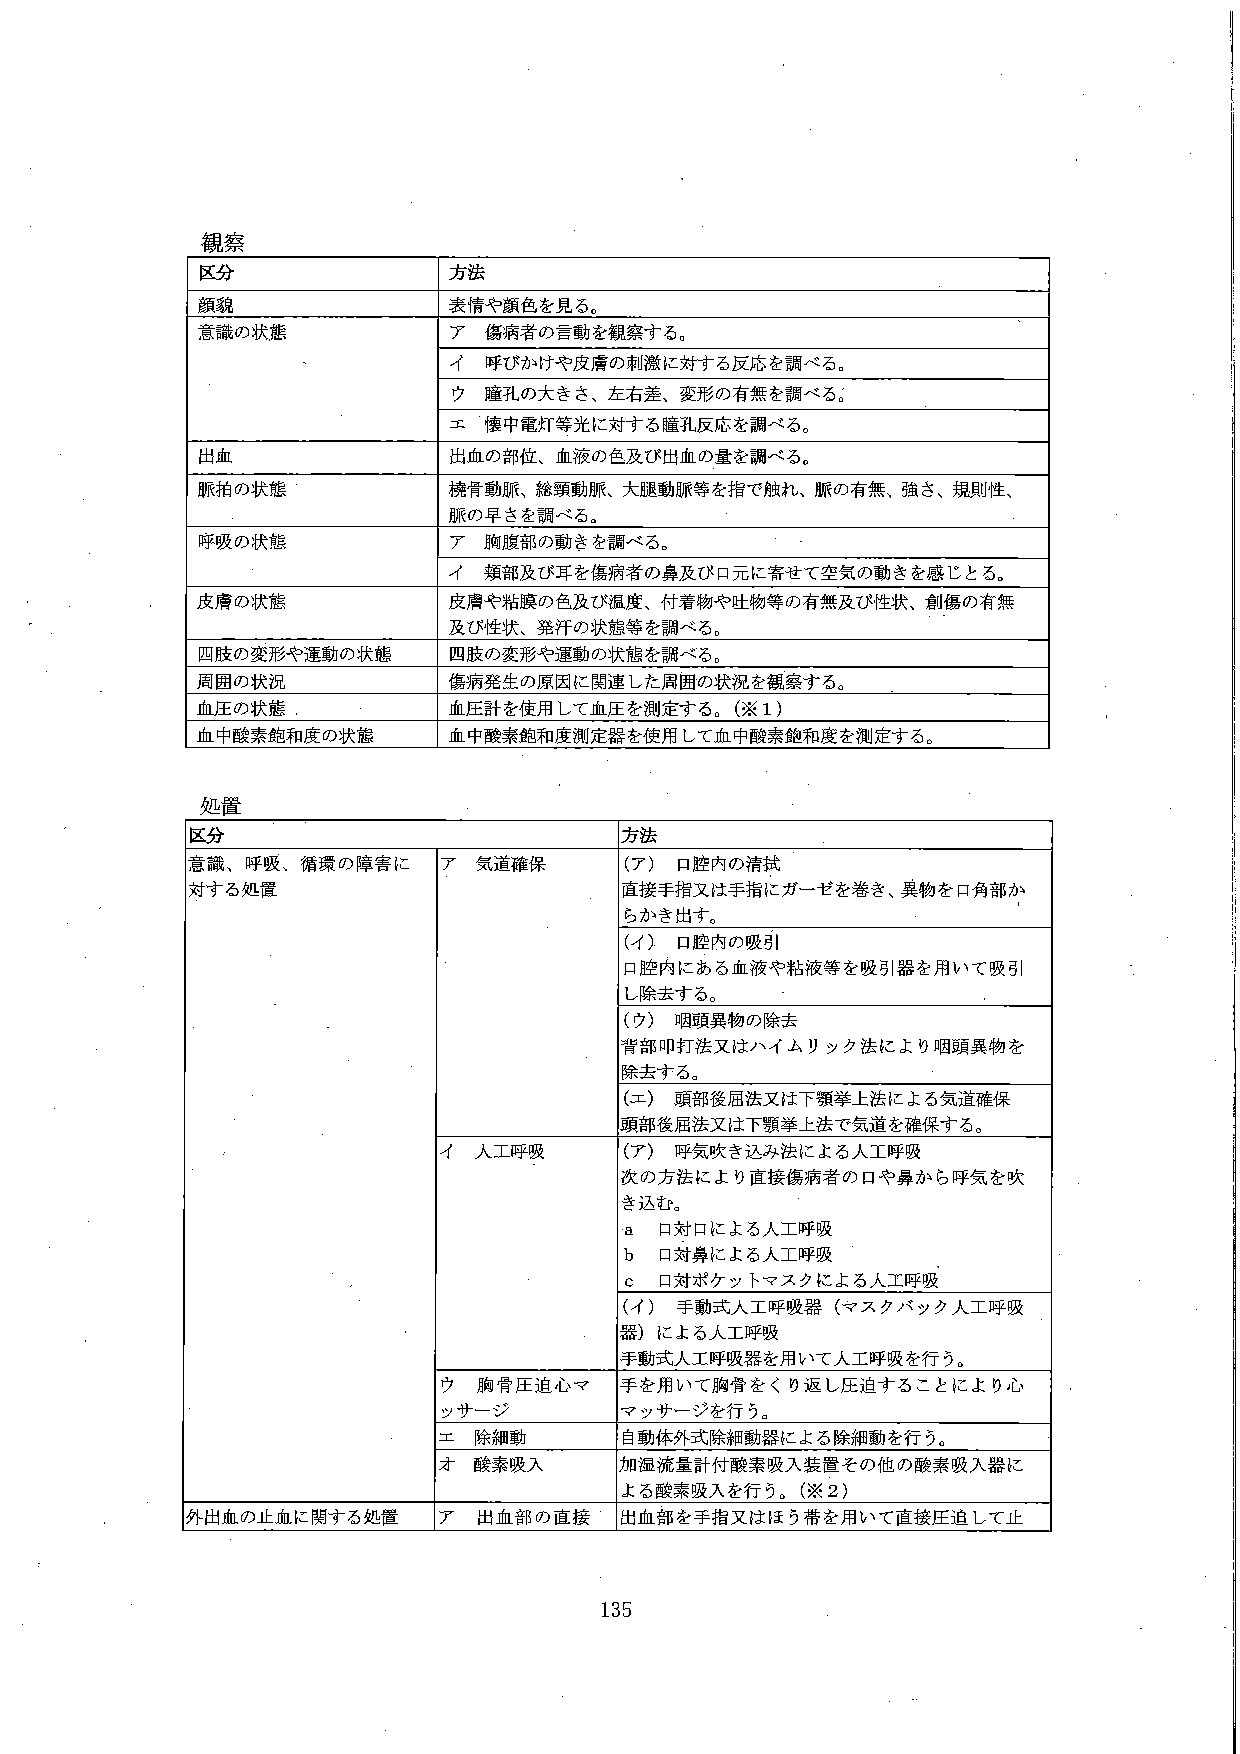
観察

区分　　　　　　　　　　　　　　　　　方法

顔貌　　　　　　　　　　　　　　　表情や顔色を見る。

意識の状態　　　　　　　　　　　　ア　傷病者の言動を観察する。
　　　　　　　　　　　　　　　　　イ　呼びかけや皮膚の刺激に対する反応を調べる。
　　　　　　　　　　　　　　　　　ウ　瞳孔の大きさ、左右差、変形の有無を調べる。
　　　　　　　　　　　　　　　　　エ　懐中電灯等光に対する瞳孔反応を調べる。

出血　　　　　　　　　　　　　　　出血の部位、血液の色及び出血の量を調べる。

脈拍の状態　　　　　　　　　　　　橈骨動脈、総頸動脈、大腿動脈等を指で触れて、脈の有無、強さ、規則性、
　　　　　　　　　　　　　　　　　脈の早さを調べる。

呼吸の状態　　　　　　　　　　　　ア　胸腹部の動きを調べる。
　　　　　　　　　　　　　　　　　イ　頬部及び耳を傷病者の鼻及び口元に寄せて空気の動きを感じとる。

皮膚の状態　　　　　　　　　　　　皮膚や粘膜の色及び温度、付着物や吐物等の有無及び性状、創傷の有無
　　　　　　　　　　　　　　　　　及び性状、発汗の状態等を調べる。

四肢の変形や運動の状態　　　　　　四肢の変形や運動の状態を調べる。

周囲の状況　　　　　　　　　　　　傷病発生の原因に関連した周囲の状況を観察する。

血圧の状態　　　　　　　　　　　　血圧計を使用して血圧を測定する。（※1）

血中酸素飽和度の状態　　　　　　　血中酸素飽和度測定器を使用して血中酸素飽和度を測定する。

処置

区分　　　　　　　　　　　　　　　　　　　　　　　　　　　　　方法

意識、呼吸、循環の障害に　　　　　　　ア　気道確保　　　　　　（ア）口腔内の清拭
対する処置　　　　　　　　　　　　　　　　　　　　　　　　　　直接手指又は手指にガーゼを巻き、異物を口角部か
　　　　　　　　　　　　　　　　　　　　　　　　　　　　　　　らかき出す。
　　　　　　　　　　　　　　　　　　　　　　　　　　　　　　　（イ）口腔内の吸引
　　　　　　　　　　　　　　　　　　　　　　　　　　　　　　　口腔内にある血液や粘液等を吸引器を用いて吸引
　　　　　　　　　　　　　　　　　　　　　　　　　　　　　　　し除去する。
　　　　　　　　　　　　　　　　　　　　　　　　　　　　　　　（ウ）咽頭異物の除去
　　　　　　　　　　　　　　　　　　　　　　　　　　　　　　　背部叩打法又はハイムリック法により咽頭異物を
　　　　　　　　　　　　　　　　　　　　　　　　　　　　　　　除去する。
　　　　　　　　　　　　　　　　　　　　　　　　　　　　　　　（エ）頭部後屈法又は下顎挙上法による気道確保
　　　　　　　　　　　　　　　　　　　　　　　　　　　　　　　頭部後屈法又は下顎挙上法で気道を確保する。

　　　　　　　　　　　　　　　　　　イ　人工呼吸　　　　　　（ア）呼気吹き込み法による人工呼吸
　　　　　　　　　　　　　　　　　　　　　　　　　　　　　　　次の方法により直接傷病者の口や鼻から呼気を吹
　　　　　　　　　　　　　　　　　　　　　　　　　　　　　　　き込む。
　　　　　　　　　　　　　　　　　　　　　　　　　　　　　　　a　口対口による人工呼吸
　　　　　　　　　　　　　　　　　　　　　　　　　　　　　　　b　口対鼻による人工呼吸
　　　　　　　　　　　　　　　　　　　　　　　　　　　　　　　c　口対ポケットマスクによる人工呼吸
　　　　　　　　　　　　　　　　　　　　　　　　　　　　　　　（イ）手動式人工呼吸器（マスクバック人工呼吸
　　　　　　　　　　　　　　　　　　　　　　　　　　　　　　　器）による人工呼吸
　　　　　　　　　　　　　　　　　　　　　　　　　　　　　　　手動式人工呼吸器を用いて人工呼吸を行う。

　　　　　　　　　　　　　　　　　　ウ　胸骨圧迫心マ　　　　手を用いて胸骨をくり返し圧迫することにより心
　　　　　　　　　　　　　　　　　　　ッサージ　　　　　　　マッサージを行う。

　　　　　　　　　　　　　　　　　　エ　除細動　　　　　　　自動体外式除細動器による除細動を行う。

　　　　　　　　　　　　　　　　　　オ　酸素吸入　　　　　　加湿流量計付酸素吸入装置その他の酸素吸入器に
　　　　　　　　　　　　　　　　　　　　　　　　　　　　　　　よる酸素吸入を行う。（※2）

外出血の止血に関する処置　　　　　ア　出血部の直接　　　　出血部を手指又はほう帯を用いて直接圧迫して止

135